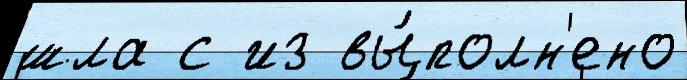
шла с из вы́полн'ено